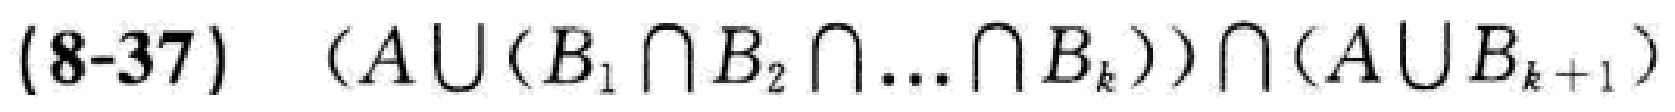
(8-37) \((A\cup(B_1\cap B_2\cap\ldots\cap B_k))\cap(A\cup B_{k + 1})\)